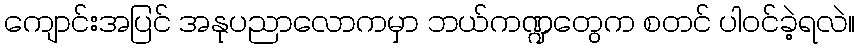
ကျောင်းအပြင် အနုပညာလောကမှာ ဘယ်ကဏ္ဍတွေက စတင် ပါဝင်ခဲ့ရလဲ။